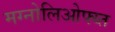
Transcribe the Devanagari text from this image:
मग्नोलिओफ्य्त